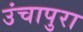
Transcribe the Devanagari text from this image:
उंचापुरा